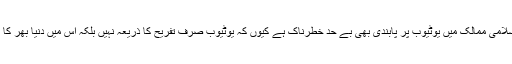
تیمور نے اس مثال کو آگے بڑھاتے ہوئے کہا کہ پاکستان اور دوسرے اسلامی ممالک میں یوٹیوب پر پابندی بھی بے حد خطرناک ہے کیوں کہ یوٹیوب صرف تفریح کا ذریعہ نہیں بلکہ اس میں دنیا بھر کا علمی خزانہ بھی محفوظ ہے جس سے ہر کوئی مفت استفادہ کر سکتا ہے۔